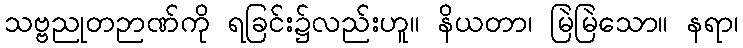
သဗ္ဗညုတဉာဏ်ကို ရခြင်း၌လည်းဟူ။ နိယတာ၊ မြဲမြဲသော။ နရာ၊